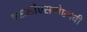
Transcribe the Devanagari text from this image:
एससीएसवीएमवी